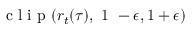
\mathrm { ~ c ~ l ~ i ~ p ~ } ( r _ { t } ( \tau ) , ~ 1 ~ - \epsilon , 1 + \epsilon )